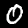
Digit: 0